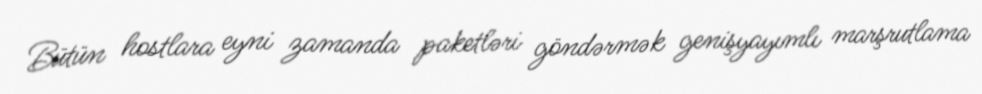
Bütün hostlara eyni zamanda paketləri göndərmək genişyayımlı marşrutlama